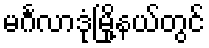
မင်္ဂလာဒုံမြို့နယ်တွင်